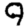
Digit: 9